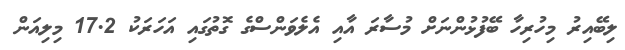
ލިބޭއިރު މިހުރިހާ ބޭފުޅުންނަށް މުސާރަ އާއި އެލެވަންސްގެ ގޮތުގައި އަހަރަކު 17.2 މިލިއަން